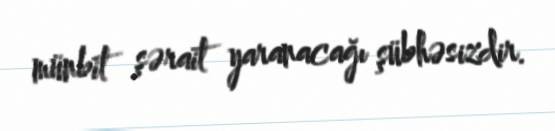
münbit şərait yaranacağı şübhəsizdir.